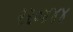
૨૨૦૪૪૪